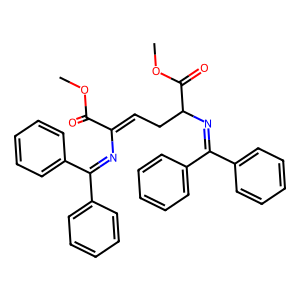
SMILES: COC(=O)C(=CCC(N=C(c1ccccc1)c1ccccc1)C(=O)OC)N=C(c1ccccc1)c1ccccc1
Inhibits HIV replication: No